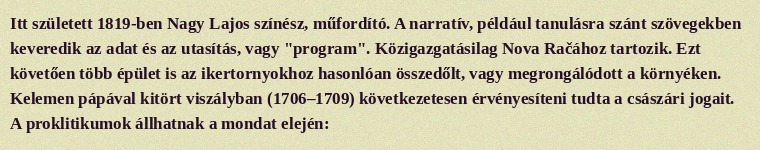
Itt született 1819-ben Nagy Lajos színész, műfordító. A narratív, például tanulásra szánt szövegekben keveredik az adat és az utasítás, vagy "program". Közigazgatásilag Nova Račához tartozik. Ezt követően több épület is az ikertornyokhoz hasonlóan összedőlt, vagy megrongálódott a környéken. Kelemen pápával kitört viszályban (1706–1709) következetesen érvényesíteni tudta a császári jogait. A proklitikumok állhatnak a mondat elején: